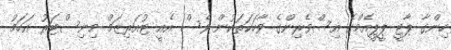
ހިންގާ ޕާޓީ ޕީޕީއެމްގެ އިސްވެރިންގެ ވާހަކަތަކުން ވެސް އެއީ ޓުއަރިޒަމް މިނިސްޓަރު އަހަމު